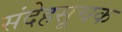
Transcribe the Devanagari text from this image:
संदेहसूचक